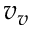
v _ { v }